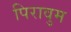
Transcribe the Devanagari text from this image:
पिरावुम